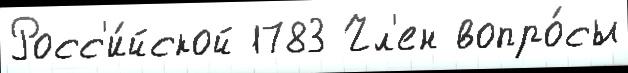
Росс'и́йской 1783 Чл'ен вопро́сы